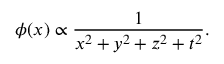
\phi ( x ) \propto { \frac { 1 } { x ^ { 2 } + y ^ { 2 } + z ^ { 2 } + t ^ { 2 } } } .